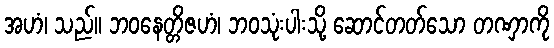
အဟံ၊ သည်။ ဘဝနေတ္တိဇဟံ၊ ဘဝသုံးပါးသို့ ဆောင်တတ်သော တဏှာကို